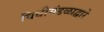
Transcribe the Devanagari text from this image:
विधीमंडळाद्वारे